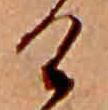
け